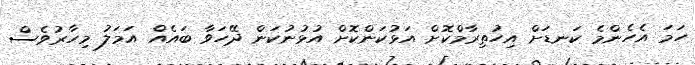
ހަމަ އެހެންމެ ކަނޑަށް އިހުތިރާމްކޮށް އަޅުކަންކޮށް އުޅުނުކަން ދޭހަވާ ބައެއް އަމަލު މިހާރުވެސް